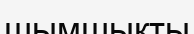
шымшықты